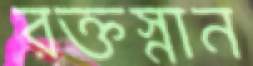
রক্তস্নান